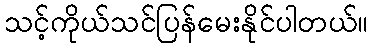
သင့်ကိုယ်သင်ပြန်မေးနိုင်ပါတယ်။